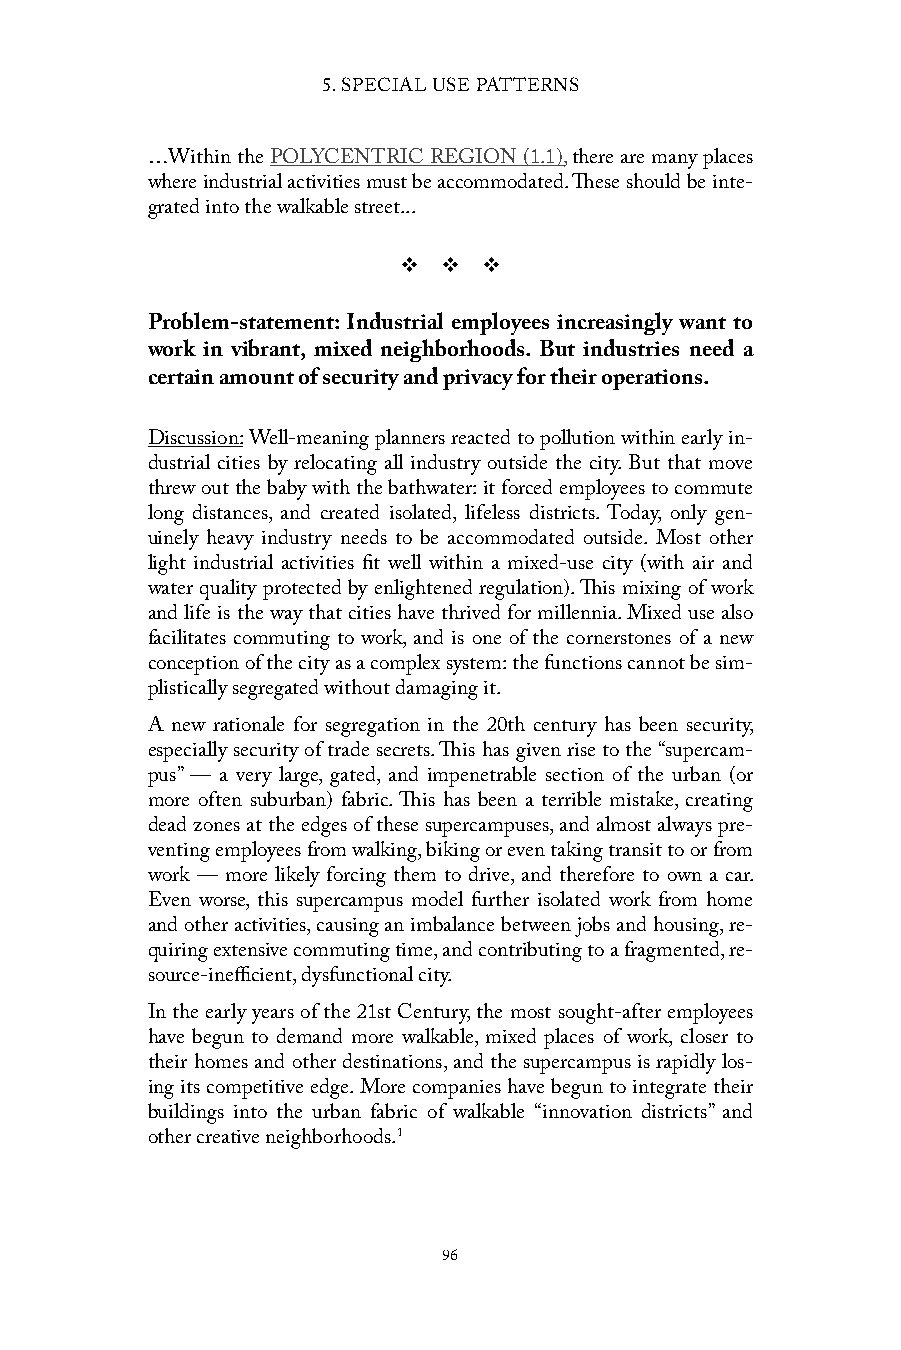
5. SPECIAL USE PATTERNS
 …Within the POLYCENTRIC REGION (1.1), there are many places
 where industrial activities must be accommodated. These should be inte-
 grated into the walkable street...
 v  v  v
 Problem-statement: Industrial employees increasingly want to
 work in vibrant, mixed neighborhoods. But industries need a
 certain amount of security and privacy for their operations.
 Discussion: Well-meaning planners reacted to pollution within early in-
 dustrial cities by relocating all industry outside the city. But that move
 threw out the baby with the bathwater: it forced employees to commute
 long distances, and created isolated, lifeless districts. Today, only gen-
 uinely heavy industry needs to be accommodated outside. Most other
 light industrial activities fit well within a mixed-use city (with air and
 water quality protected by enlightened regulation). This mixing of work
 and life is the way that cities have thrived for millennia. Mixed use also
 facilitates commuting to work, and is one of the cornerstones of a new
 conception of the city as a complex system: the functions cannot be sim-
 plistically segregated without damaging it.
 A new rationale for segregation in the 20th century has been security,
 especially security of trade secrets. This has given rise to the “supercam-
 pus” — a very large, gated, and impenetrable section of the urban (or
 more often suburban) fabric. This has been a terrible mistake, creating
 dead zones at the edges of these supercampuses, and almost always pre-
 venting employees from walking, biking or even taking transit to or from
 work — more likely forcing them to drive, and therefore to own a car.
 Even worse, this supercampus model further isolated work from home
 and other activities, causing an imbalance between jobs and housing, re-
 quiring extensive commuting time, and contributing to a fragmented, re-
 source-inefficient, dysfunctional city.
 In the early years of the 21st Century, the most sought-after employees
 have begun to demand more walkable, mixed places of work, closer to
 their homes and other destinations, and the supercampus is rapidly los-
 ing its competitive edge. More companies have begun to integrate their
 buildings into the urban fabric of walkable “innovation districts” and
 other creative neighborhoods.1
 96